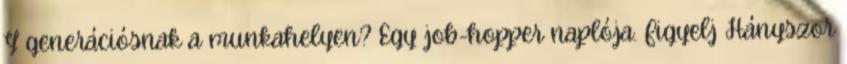
Y generációsnak a munkahelyen? Egy job-hopper naplója. Figyelj Hányszor